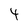
Character: 4